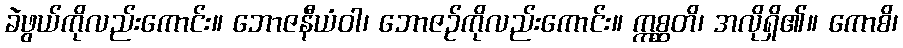
ခဲဖွယ်ကိုလည်းကောင်း။ ဘောဇနီယံဝါ၊ ဘောဇဉ်ကိုလည်းကောင်း။ ဣစ္ဆတိ၊ အလိုရှိ၏။ ကောစိ၊